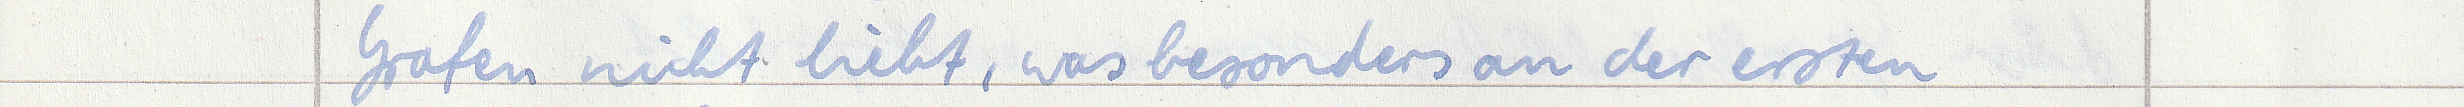
Grafen nicht liebt, was besonders an der ersten